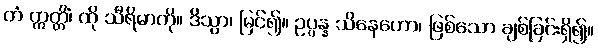
တံ ဣတ္တိံ၊ ထို သီရိမာကို။ ဒိသွာ၊ မြင်၍။ ဥပ္ပန္န သိနေဟော၊ ဖြစ်သော ချစ်ခြင်းရှိ၍။